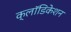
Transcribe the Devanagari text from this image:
क्लॉडिकेशन